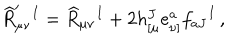
LaTeX: \widehat R _ { \mu \nu } ^ { \prime } { } ^ { I } = \widehat R _ { \mu \nu } { } ^ { I } + 2 h _ { [ \mu } ^ { J } e _ { \nu ] } ^ { a } f _ { a J } { } ^ { I } \, ,